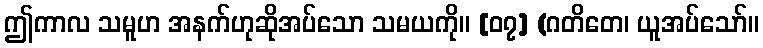
ဤကာလ သမူဟ အနက်ဟုဆိုအပ်သော သမယကို။ [၀၇] (ဂတိတေ၊ ယူအပ်သော်။